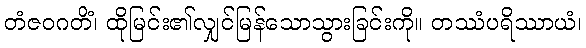
တံဇဝဂတိံ၊ ထိုမြင်း၏လျှင်မြန်သောသွားခြင်းကို။ တဿံပရိဿာယံ၊